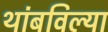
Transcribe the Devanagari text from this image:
थांबविल्या